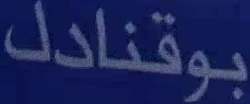
بوقنادل